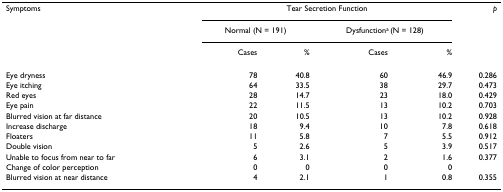
| Symptoms | <COLSPAN=4> Tear Secretion Function | p |
 |  | <COLSPAN=2> Normal (N = 191) | <COLSPAN=2> Dysfunctiona (N = 128) |  |
 |  | Cases | % | Cases | % |  |
 | --- | --- | --- | --- | --- | --- |
 | Eye dryness | 78 | 40.8 | 60 | 46.9 | 0.286 |
 | Eye itching | 64 | 33.5 | 38 | 29.7 | 0.473 |
 | Red eyes | 28 | 14.7 | 23 | 18.0 | 0.429 |
 | Eye pain | 22 | 11.5 | 13 | 10.2 | 0.703 |
 | Blurred vision at far distance | 20 | 10.5 | 13 | 10.2 | 0.928 |
 | Increase discharge | 18 | 9.4 | 10 | 7.8 | 0.618 |
 | Floaters | 11 | 5.8 | 7 | 5.5 | 0.912 |
 | Double vision | 5 | 2.6 | 5 | 3.9 | 0.517 |
 | Unable to focus from near to far | 6 | 3.1 | 2 | 1.6 | 0.377 |
 | Change of color perception | 0 | 0 | 0 | 0 |  |
 | Blurred vision at near distance | 4 | 2.1 | 1 | 0.8 | 0.355 |